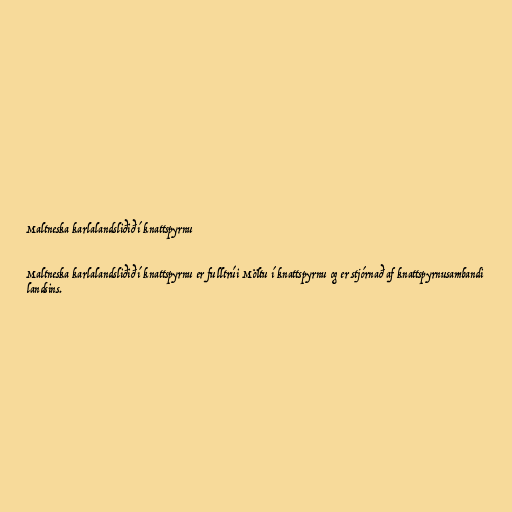
Maltneska karlalandsliðið í knattspyrnu

Maltneska karlalandsliðið í knattspyrnu er fulltrúi Möltu í knattspyrnu og er stjórnað af knattspyrnusambandi
landsins.